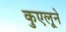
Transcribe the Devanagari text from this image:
कुएलूने